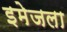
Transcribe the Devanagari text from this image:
इमेजला